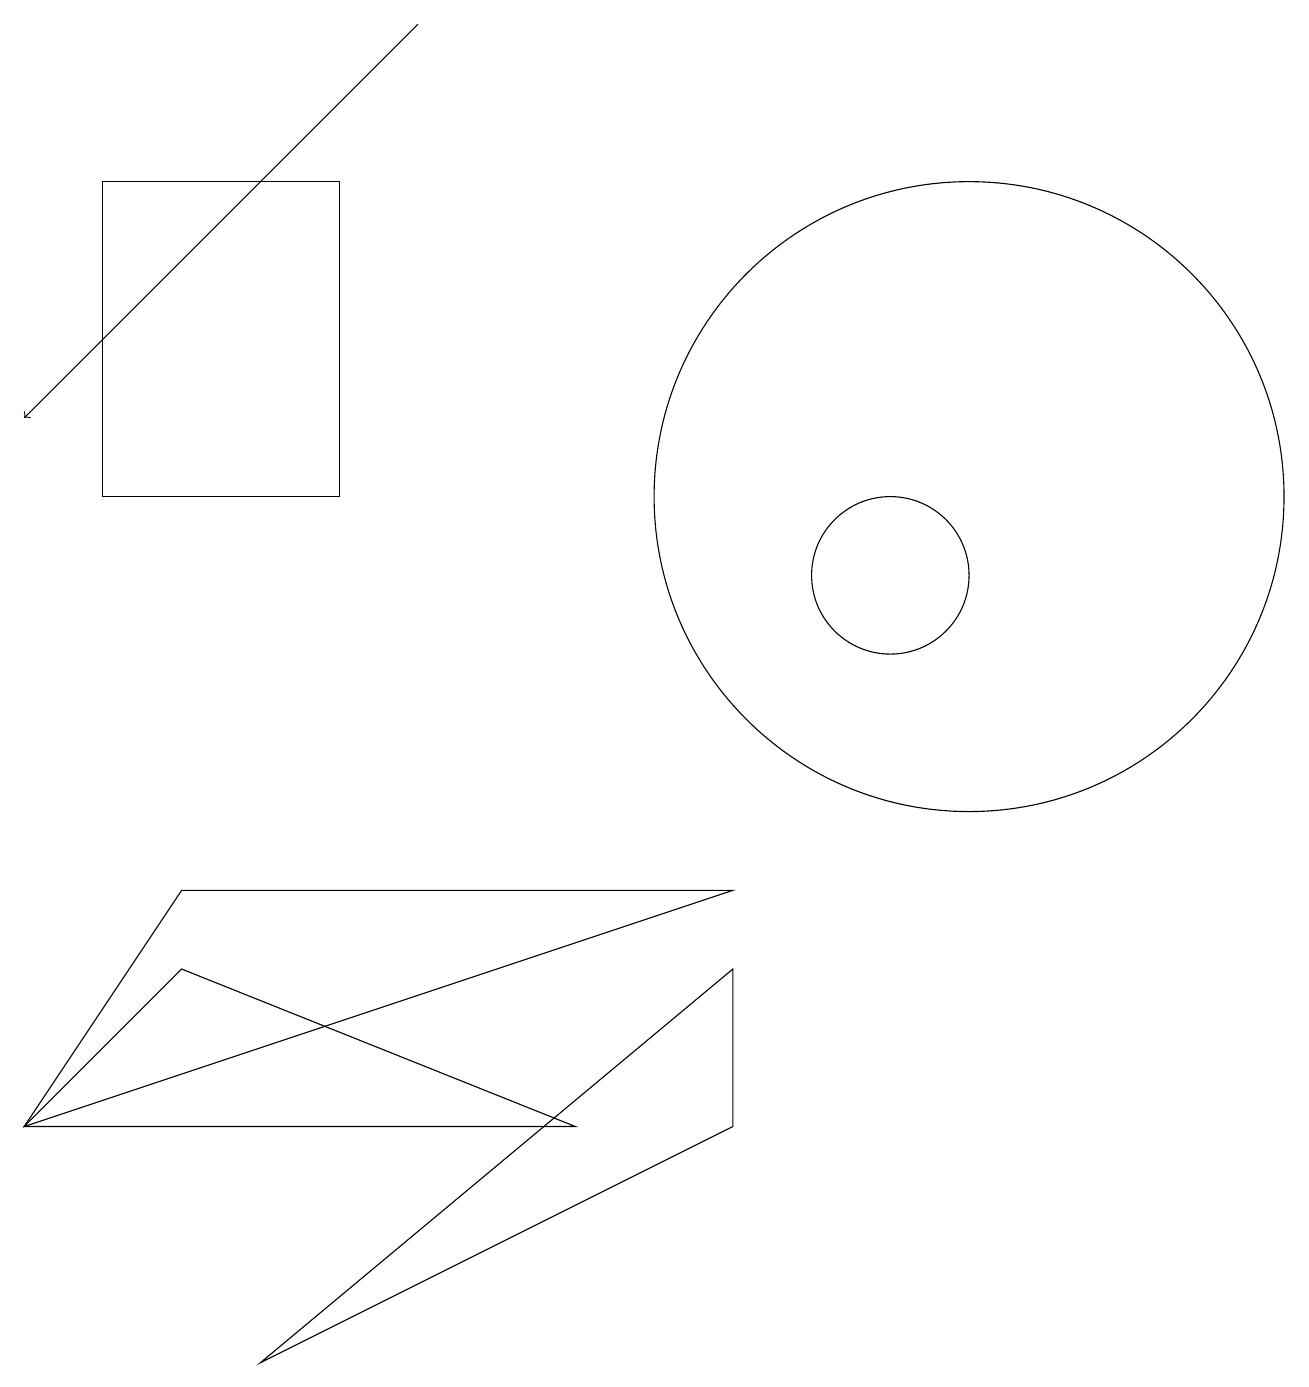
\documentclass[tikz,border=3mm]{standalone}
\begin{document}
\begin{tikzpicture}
\draw (9,6) -- (2,6) -- (0,3) -- cycle;
\draw (9,3) -- (3,0) -- (9,5) -- cycle;
\draw (11,10) circle (1);
\draw[->] (5,17) -- (0,12);
\draw (12,11) circle (4);
\draw (4,15) rectangle (1,11);
\draw (0,3) -- (7,3) -- (2,5) -- cycle;
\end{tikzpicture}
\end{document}